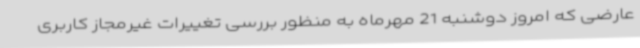
عارضی که امروز دوشنبه 21 مهرماه به منظور بررسی تغییرات غیرمجاز کاربری